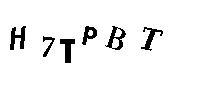
H7TPBT